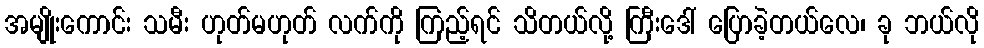
အမျိုးကောင်း သမီး ဟုတ်မဟုတ် လက်ကို ကြည့်ရင် သိတယ်လို့ ကြီးဒေါ် ပြောခဲ့တယ်လေ၊ ခု ဘယ်လို